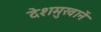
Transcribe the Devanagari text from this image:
देशमुखानें